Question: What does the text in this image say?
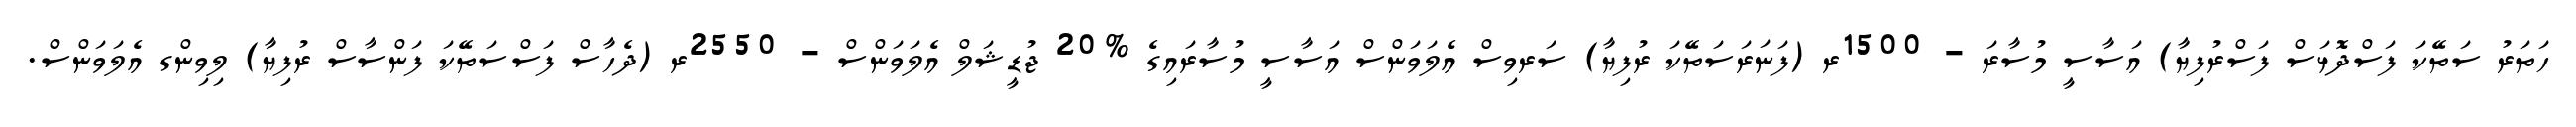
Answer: ހަތަރު ސަތޭކަ ފަސްދޮޅަސް ފަސްރުފިޔާ) އަސާސީ މުސާރަ - 1500ރ (ފަނަރަސަތޭކަ ރުފިޔާ) ސަރވިސް އެލަވަންސް އަސާސީ މުސާރައިގެ %20 ޖުޑީޝަލް އެލަވަންސް - 2550ރ (ދެހާސް ފަސްސަތޭކަ ފަންސާސް ރުފިޔާ) ލިވިންގ އެލަވަންސް.